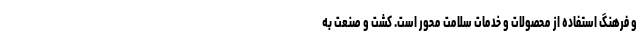
و فرهنگ استفاده از محصولات و خدمات سلامت محور است. کشت و صنعت به